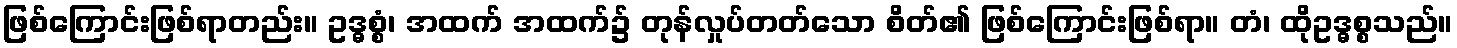
ဖြစ်ကြောင်းဖြစ်ရာတည်း။ ဥဒ္ဓစ္စံ၊ အထက် အထက်၌ တုန်လှုပ်တတ်သော စိတ်၏ ဖြစ်ကြောင်းဖြစ်ရာ။ တံ၊ ထိုဥဒ္ဓစ္စသည်။